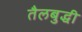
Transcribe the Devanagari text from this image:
तैलबुद्धी